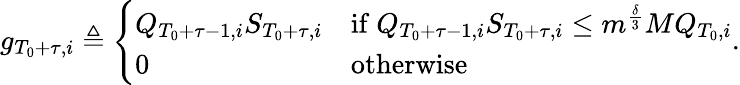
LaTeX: \begin{array}{r}{g_{T_{0}+\tau,i}\triangleq\left\{ \begin{array}{ll}{Q_{T_{0}+\tau-1,i}S_{T_{0}+\tau,i}}&{\mathrm{if~}Q_{T_{0}+\tau-1,i}S_{T_{0}+\tau,i}\le m^{\frac\delta 3}MQ_{T_{0},i}}\\ {0}&{\mathrm{otherwise}}\end{array}\right..}\end{array}